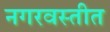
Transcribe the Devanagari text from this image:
नगरवस्तीत